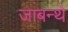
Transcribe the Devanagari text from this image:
जाबन्थे